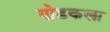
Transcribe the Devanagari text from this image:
गोडकला